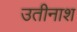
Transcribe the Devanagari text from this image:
उतीनाश